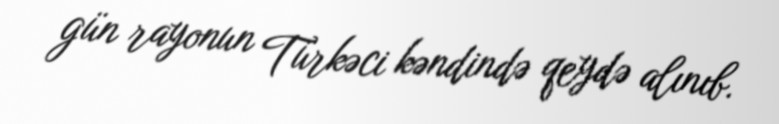
gün rayonun Türkəci kəndində qeydə alınıb.